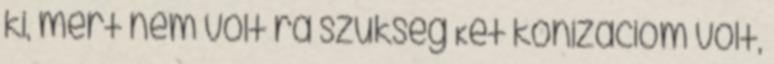
ki, mert nem volt ra szukseg Ket konizaciom volt,